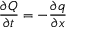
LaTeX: { \frac { \partial Q } { \partial t } } = - { \frac { \partial q } { \partial x } }